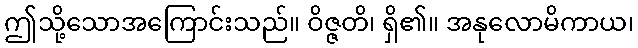
ဤသို့သောအကြောင်းသည်။ ဝိဇ္ဇတိ၊ ရှိ၏။ အနုလောမိကာယ၊